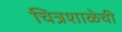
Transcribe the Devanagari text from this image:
चित्रशाळेची